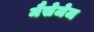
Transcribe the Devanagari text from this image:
मैसेजेज